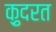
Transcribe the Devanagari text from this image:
क़़ुदरत